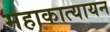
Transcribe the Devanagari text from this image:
महाकात्यायन